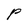
Character: p